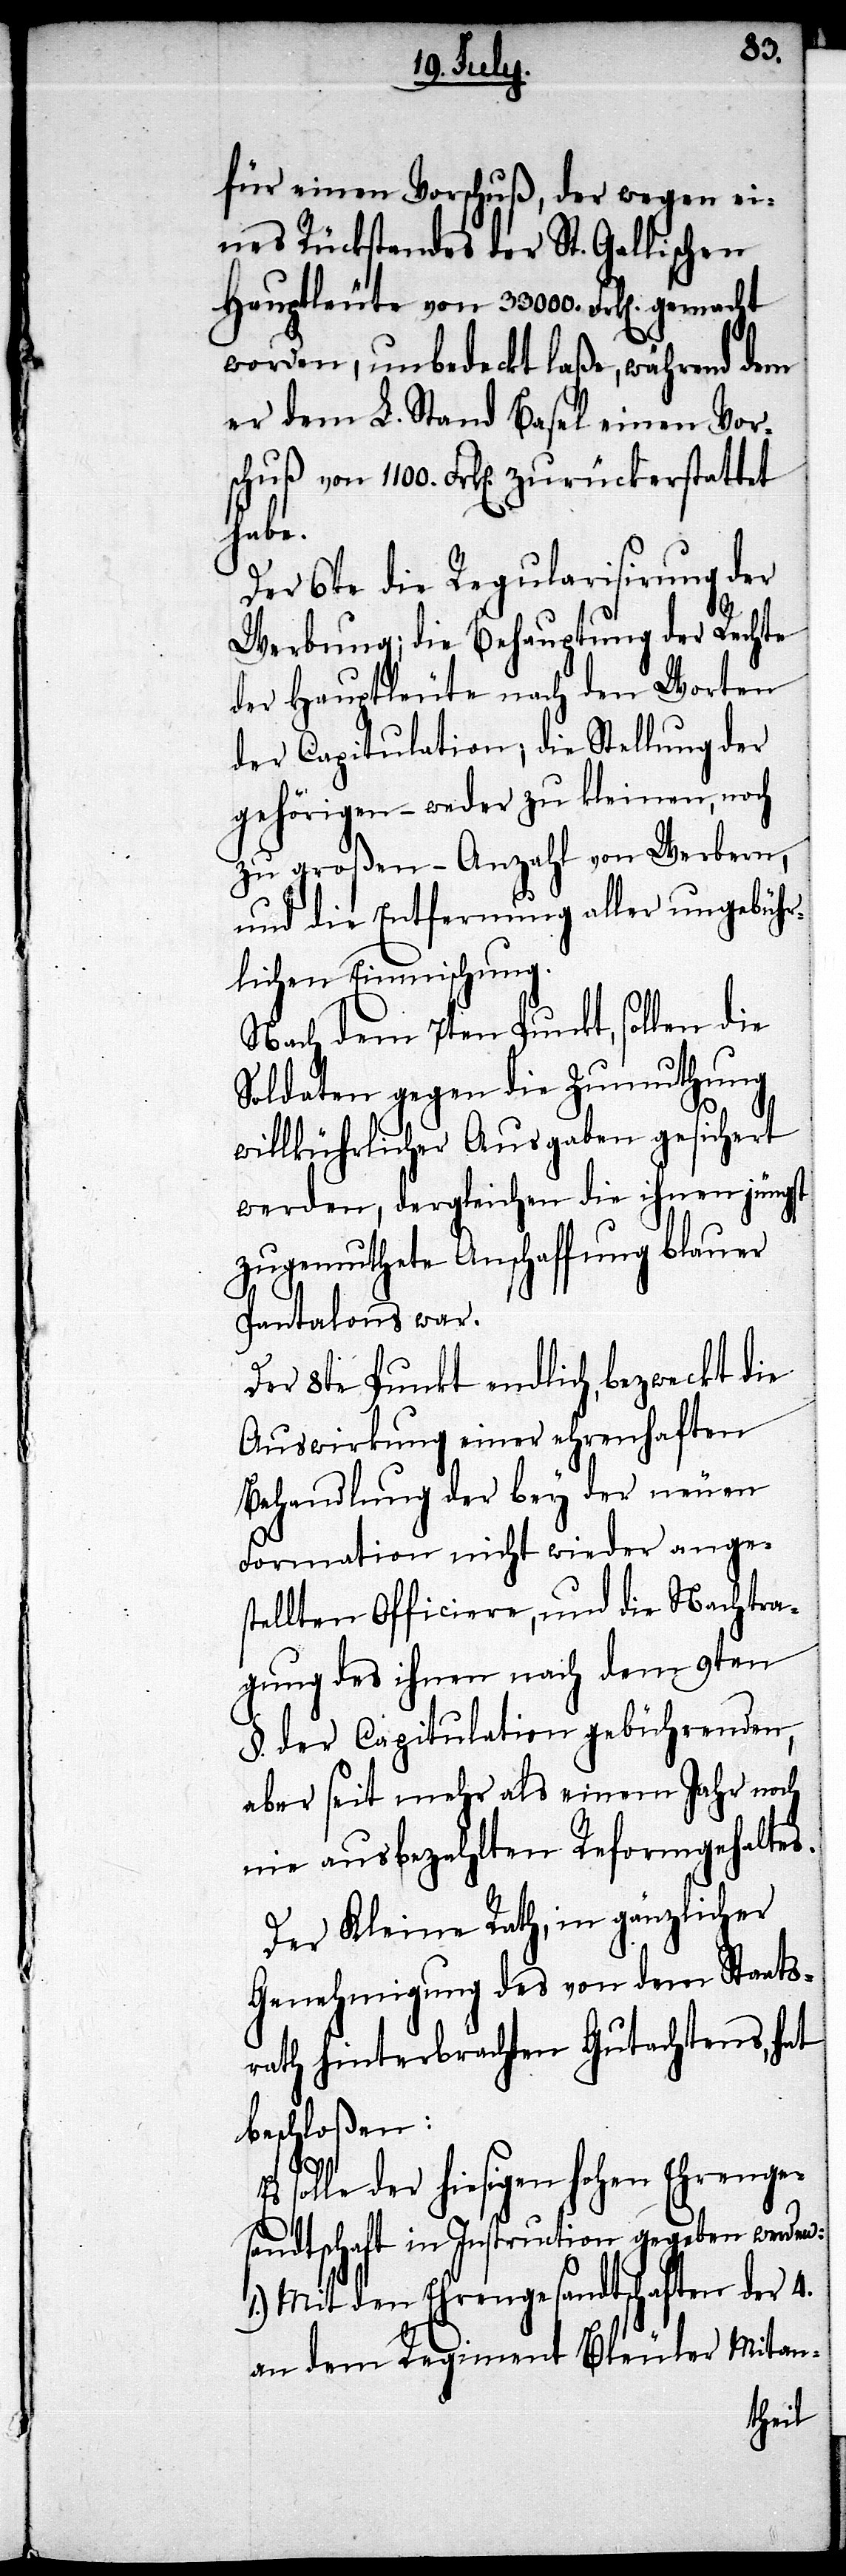
für einen Vorschuß, der wegen ei¬
nes Rückstandes der St. Gallischen
Hauptleute von 33 000. Frk[en].
worden, unbedeckt laße, während dem
er dem L. Stand Basel einen Vor¬
schuß von 1100. Frk[en]. zurückerstattet
habe.
Der 6te die Regularisirung der
Werbung; die Behauptung der Rechte
der Hauptleute nach den Worten
der Capitulation; die Stellung der
gehörigen – weder zu kleinen, noch
zu großen – Anzahl von Werbern,
und die Entfernung aller ungebühr¬
lichen Einmischung.
Nach dem 7ten Punkt, sollen die
Soldaten gegen die Zumuthung
willkührlicher Ausgaben gesichert
werden, dergleichen die ihnen jüngst
zugemuthete Anschaffung blauer
Pantalons war.
Der 8te Punkt endlich, bezweckt die
Auswirkung einer ehrenhaften
Behandlung der bey der neuen
Formation nicht wieder anges¬
tellten Officiere, und die Nachtra¬
gung des ihnen nach dem 9ten
§. der Capitulation gebührenden,
aber seit mehr als einem Jahr noch
nie ausbezahlten Reformgehaltes.
Der Kleine Rath, in gänzlicher
Genehmigung des von dem Staats¬
rath hinterbrachten Gutachtens, hat
beschloßen:
Es solle der hiesigen hohen Ehrenge¬
sandtschaft in Instruction gegeben werden:
1.) Mit den Ehrengesandtschaften der 4.
an dem Regiment Bleuler Mitan-